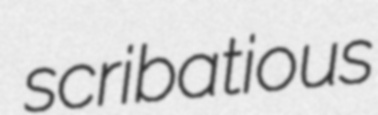
scribatious